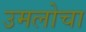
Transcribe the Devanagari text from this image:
उमलोचा